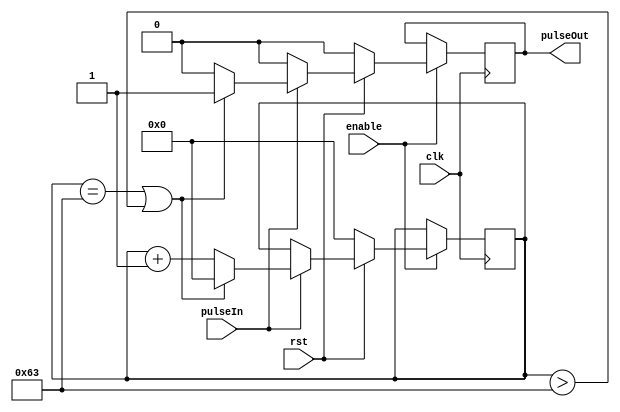
module countTo100(clk, rst, enable, pulseIn, pulseOut);

	input clk, rst, enable, pulseIn;
	output reg pulseOut;
	reg [6:0] count;

	always @ (posedge clk)
		begin
			if(enable == 0)
				begin 

				end
			else
				begin
					if(rst == 0)
						begin
							count <= 0;
							pulseOut <= 0;
						end
					else 
						begin
							if(pulseIn == 1) // && ((count == 3) | (count > 3))) //100
								begin
										if((count == 99) | (count> 99))
											begin
												pulseOut = 1;
												count <= 0;
											end
										else
											begin
												pulseOut <= 0;
												count <= count + 1;	
											end	
								end
							else
								begin
									pulseOut <= 0;
								end
						end
				end
		end
		
endmodule